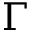
\Gamma